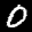
Label: 0